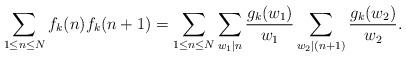
LaTeX: \begin{align*}\sum\limits_{1\leq n\leq N}f_k(n)f_k(n+1)=\sum\limits_{1\leq n\leq N}\sum_{w_1\mid n}\frac{g_k(w_1)}{w_1}\sum_{w_2\mid( n+1)}\frac{g_k(w_2)}{w_2}.\end{align*}